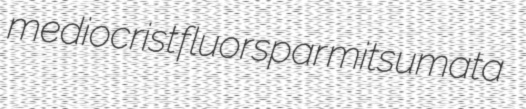
mediocrist fluorspar mitsumata